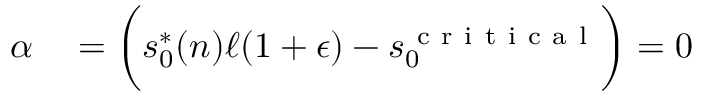
\begin{array} { r l } { \alpha } & { { } = \bigg ( s _ { 0 } ^ { * } ( n ) \ell ( 1 + \epsilon ) - s _ { 0 } ^ { \mathrm { ~ c ~ r ~ i ~ t ~ i ~ c ~ a ~ l ~ } } \bigg ) = 0 } \end{array}